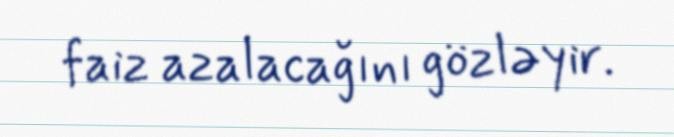
faiz azalacağını gözləyir.